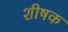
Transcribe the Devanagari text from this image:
शीषक